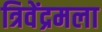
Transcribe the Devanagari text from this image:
त्रिवेंद्रमला